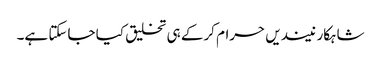
شاہکار نیندیں حرام کرکے ہی تخلیق کیا جاسکتا ہے۔